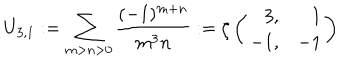
U _ { 3 , 1 } : = \sum _ { m > n > 0 } \frac { ( - 1 ) ^ { m + n } } { m ^ { 3 } n } : = \zeta \left( \begin{array} { r r } { { 3 , } } & { { 1 } } \\ { { - 1 , } } & { { - 1 } } \\ \end{array} \right)